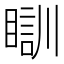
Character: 瞓